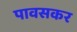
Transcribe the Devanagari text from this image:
पावसकर